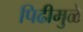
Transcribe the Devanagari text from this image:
पिढीमुळे